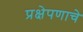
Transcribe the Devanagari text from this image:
प्रक्षेपणाचे